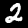
Digit: 2